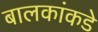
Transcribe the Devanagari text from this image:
बालकांकडे